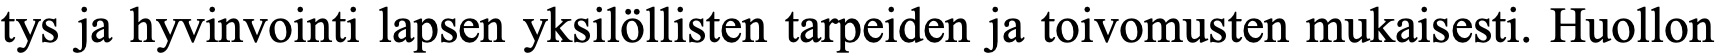
tys ja hyvinvointi lapsen yksilöllisten tarpeiden ja toivomusten mukaisesti. Huollon